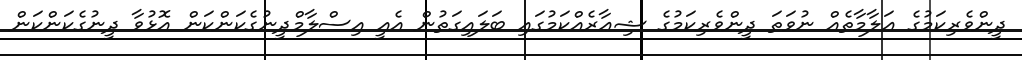
ދީންވެރިކަމުގެ ޢަލާމާތެއް ނުވަތަ ދީންވެރިކަމުގެ ޝިޢާރެއްކަމުގައި ބަލައިގަތުން އެއީ އިސްލާމްދީނުގެކަންކަން އޮޅުވާ ދީނުގެކަންކަން